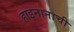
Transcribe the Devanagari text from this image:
हाइनानाची